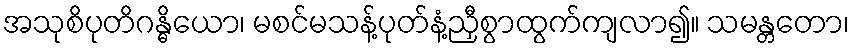
အသုစိပုတိဂန္ဓိယော၊ မစင်မသန့်ပုတ်နံ့ညှီစွာထွက်ကျလာ၍။ သမန္တတော၊